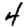
Digit: 4